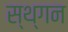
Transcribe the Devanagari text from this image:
स्थ्गन